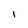
Character: I